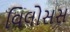
વિલોસસ